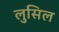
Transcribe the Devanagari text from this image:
लुसिल